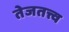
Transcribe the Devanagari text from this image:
तेजतत्त्व